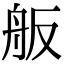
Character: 舨